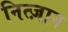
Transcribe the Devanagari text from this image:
नित्ज़ान